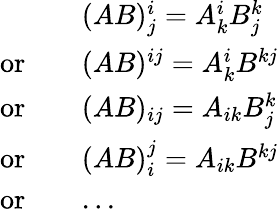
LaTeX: \begin{array}{rl}&{(AB)^{i}_{j}=A^{i}_{k}B^{k}_{j}}\\ {\mathrm{or}\quad}&{(AB)^{ij}=A^{i}_{k}B^{kj}}\\ {\mathrm{or}\quad}&{(AB)_{ij}=A_{ik}B^{k}_{j}}\\ {\mathrm{or}\quad}&{(AB)_{i}^{j}=A_{ik}B^{kj}}\\ {\mathrm{or}\quad}&{...}\end{array}